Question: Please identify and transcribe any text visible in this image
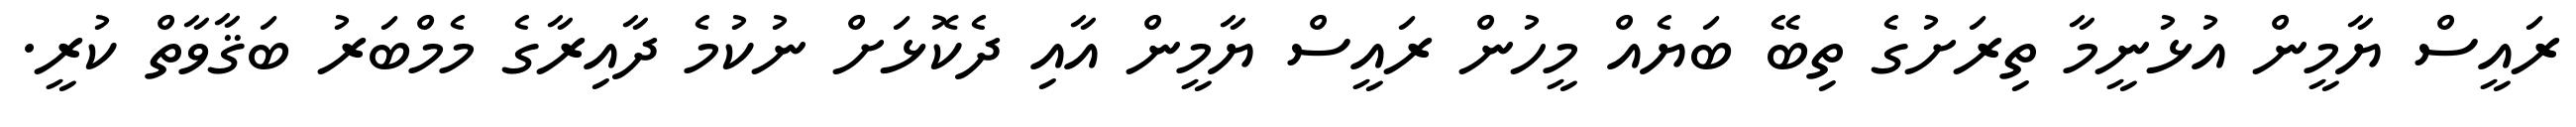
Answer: ރައީސް ޔާމީން އުޅުނީމާ ތިރަށުގެ ތިބޭ ބަޔެއް މީހުން ރައީސް ޔާމީން އާއި ދެކޮޅަށް ނުކުމެ ދާއިރާގެ މެމްބަރު ބަޤާވާތް ކުރީ.